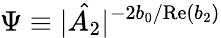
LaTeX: \Psi\equiv|\hat{A_{2}}|^{-2b_{0}/\mathrm{Re}(b_{2})}